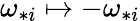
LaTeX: \omega_{*i}\mapsto-\omega_{*i}